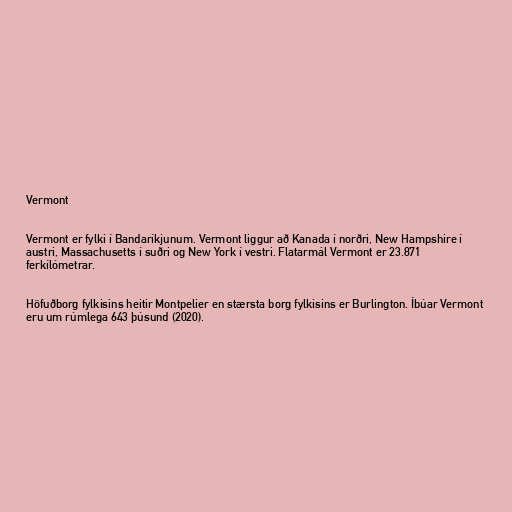
Vermont

Vermont er fylki í Bandaríkjunum. Vermont liggur að Kanada í norðri, New Hampshire í
austri, Massachusetts í suðri og New York í vestri. Flatarmál Vermont er 23.871
ferkílómetrar.

Höfuðborg fylkisins heitir Montpelier en stærsta borg fylkisins er Burlington. Íbúar Vermont
eru um rúmlega 643 þúsund (2020).